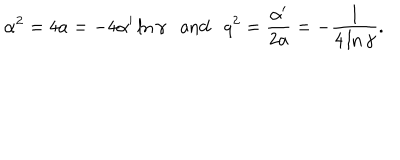
\alpha ^ { 2 } = 4 a = - 4 \alpha ^ { \prime } \ln \gamma \mathrm { a n d } q ^ { 2 } = \frac { \alpha ^ { \prime } } { 2 a } = - \frac { 1 } { 4 \ln \gamma } .